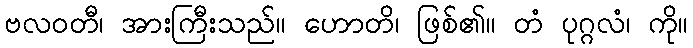
ဗလဝတီ၊ အားကြီးသည်။ ဟောတိ၊ ဖြစ်၏။ တံ ပုဂ္ဂလံ၊ ကို။